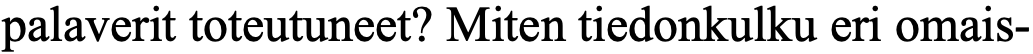
palaverit toteutuneet? Miten tiedonkulku eri omais-